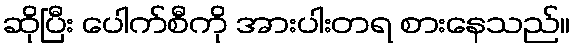
ဆိုပြီး ပေါက်စီကို အားပါးတရ စားနေသည်။